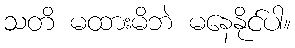
သတိ မထားမိဘဲ မနေနိုင်ပါ။